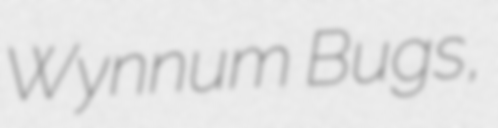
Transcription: Wynnum Bugs,